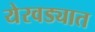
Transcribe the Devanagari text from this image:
येरवड्यात